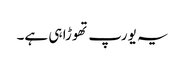
یہ یورپ تھوڑا ہی ہے۔